Civil Veterinary Department Bengal reports 1923-33 - 1923-1933
Year: 1923
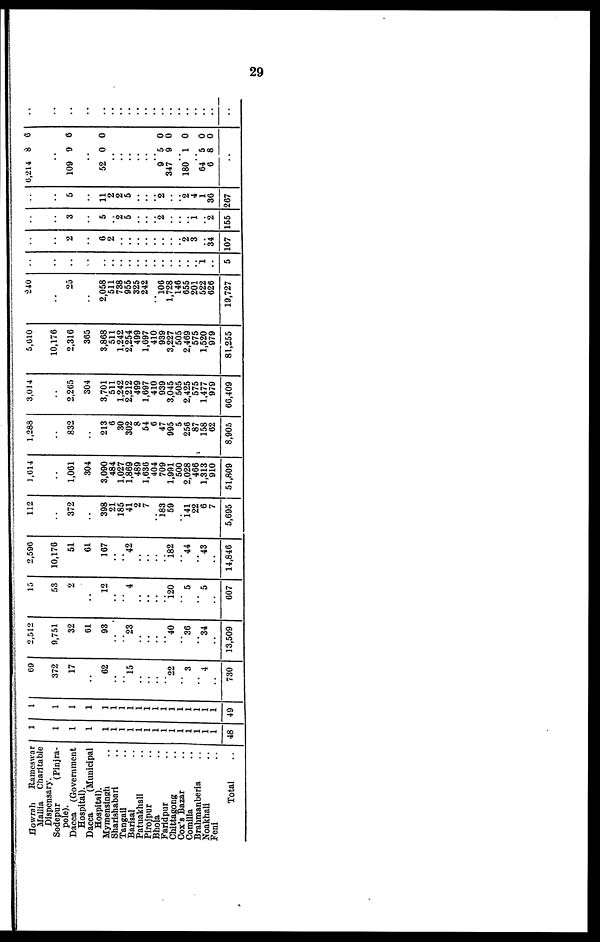
29
Howrah
Rameswar
Mallia Charitable
Dispensary.
Sodepur
(Pinjra-
Pole).
Dacca (Government
Hospital).
Dacca
(Municipal
Hospital).
Mymensingh ..
Sharishabari ..
Tangail ..
Barisal ..
Patnakhali ..
Pirojpur ..
Bhola ..
Faridpur ..
Chittagong ..
Cox's Bazar
Comilla ..
Brahmanberia ..
Noakhali ..
Feni ..
Total
1
1
1
1
1
1
1
1
1
1
1
1
1
1
1
1
1
1
48
1
1
1
1
1
1
1
1
1
1
1
1
1
1
1
1
1
1
49
69
372
17
..
62
..
.. l5
..
..
..
.. 22
..
3
..
4
..
730
2,512
9,751
32
61
93
..
.. 23
..
..
..
.. 40
.. 36
.. 34
..
13,509
15
53
2
..
12
..
..
4
..
..
..
.. 120
..
5
..
5
..
607
2,596
10,176
51
61
167
..
.. 42
..
..
..
.. 182
.. 44
.. 43
..
14,846
112
..
372
..
398
21
185
41
2
7
.. 183
59
.. 141
22
6
7
5,695
1,614
..
1,061
304
3,090
484
1,027
1,869
489
1,636
404
709
1,991
500
2,028
466
1,313
910
51,809
1,288
..
832
..
213
6
30
302
8
54
6
47
995
5
256
87
158
62
8,905
3,014
..
2,265
304
3,701
511
1,242
2,212
499
1,697
410
939
3,045
505
2,425
575
1,477
979
66,409
5,610
10,176
2,316
365
3,868
511
1,242
2,254
499
1,697
410
939
3,227
505
2,469
575
1,520
979
81,255
240
..
25
..
2,058
511
738
955
325
242
.. 106
1,728
146
655
201
522
626
19,727
..
..
..
..
..
..
..
..
..
..
..
..
..
..
.. 1
..
5
..
..
2
..
6
2
..
..
..
..
..
..
..
.. 2
3
.. 34
107
..
..
3
..
5
2
5
..
..
.. 2
..
..
.. 1
.. 2
155
..
..
5
..
11
2
2
5
..
..
.. 2
..
.. 2
4
1
36
267
6,214 8
..
109 9
..
52 0
..
..
..
..
..
9 5
347 9
.. 180 l
.. 64 5
6 8
..
6
6
0
0
0
0
0
0
..
..
..
..
..
..
..
..
..
..
..
..
..
..
..
..
..
..
..